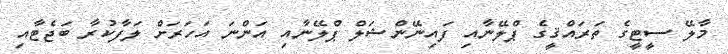
މާލޭ ސީޓީގެ ތަރައްޤީގެ ޕްލޭނާއި ފައިނޭންޝަލް ޕްލޭނާއި އަންނަ އަހަރަށް ލަފާކުރާ ބަޖެޓާއި